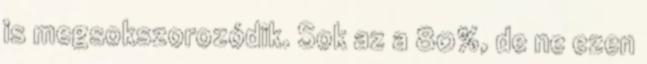
is megsokszorozódik. Sok az a 80%, de ne ezen